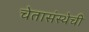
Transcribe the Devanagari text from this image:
चेतासंस्थेची